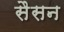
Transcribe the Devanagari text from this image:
सैसन